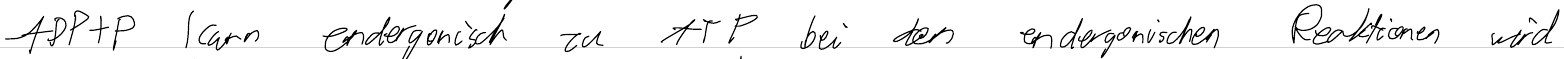
ADP+P kann endergonisch zu ATP bei den endergonischen Reaktionen wird